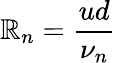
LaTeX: {\cal\mathbb{R}}_{n}=\frac{{ud}}{{\nu_{n}}}